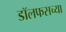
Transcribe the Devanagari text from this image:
डॉलफसच्या